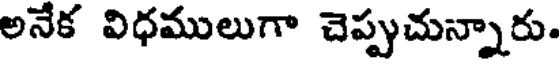
అనేక విధములుగా చెప్పుచున్నారు.